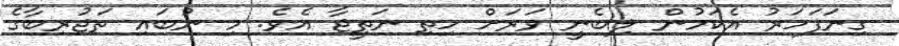
ގިނަފަހަރު އެކަމުން ލިބެނީ ވަރަށް ހިތި ނަތީޖާ އެވެ. މި ނުބައި ތަޖުރިބާގެ